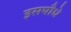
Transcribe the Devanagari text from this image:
इसपौधे